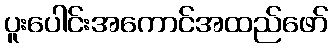
ပူးပေါင်းအကောင်အထည်ဖော်